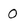
Character: 0